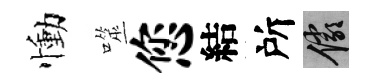
慟噬您結所儼